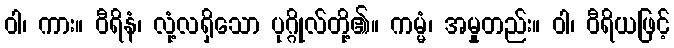
ဝါ၊ ကား။ ဝီရိနံ၊ လုံ့လရှိသော ပုဂ္ဂိုလ်တို့၏။ ကမ္မံ၊ အမှုတည်း။ ဝါ၊ ဝီရိယဖြင့်